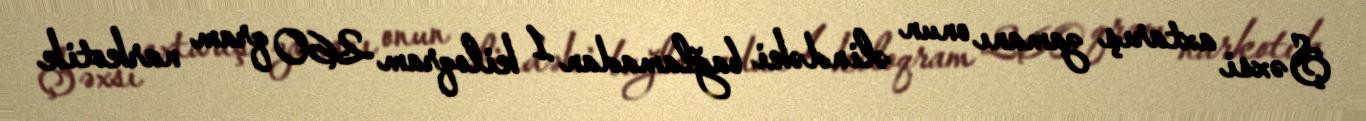
Şəxsi axtarış zamanı onun əlindəki bağlamadan 1 kiloqram 260 qram narkotik